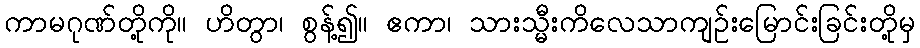
ကာမဂုဏ်တို့ကို။ ဟိတွာ၊ စွန့်၍။ ဧကာ၊ သားသ္မီးကိလေသာကျဉ်းမြောင်းခြင်းတို့မှ